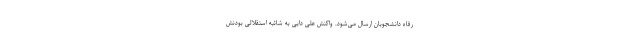
رفاه دانشجویان ارسال می‌شود. واکنش علی دایی به شائبه استقلالی بودنش